Leprosy in India: report of the Leprosy Commission in India, 1890-91
Year: 1890
Disease focus: Leprosy
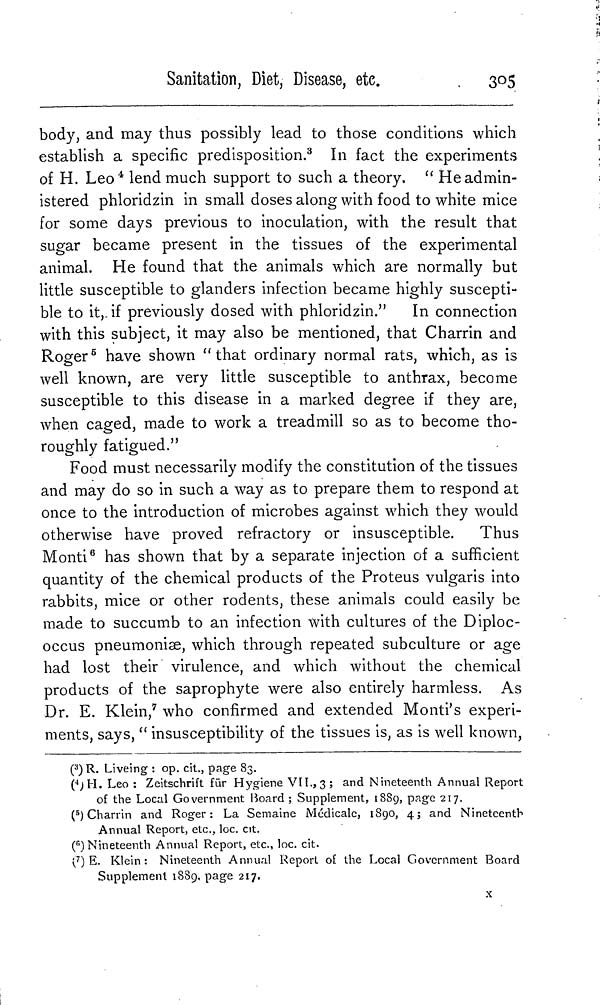
Sanitation, Diet, Disease,
etc.
305
body, and may thus possibly lead to those conditions which
establish a specific predisposition. 3 In fact the experiments
of H. Leo 4 lend much support to such a theory. " He admin-
istered phloridzin in small doses along with food to white mice
for some days previous to inoculation, with the result that
sugar became present in the tissues of the experimental
animal. He found that the animals which are normally but
little susceptible to glanders infection became highly suscepti-
ble to it, if previously dosed with phloridzin."
In connection
with this subject, it may also be mentioned, that Charrin and
Roger 5 have shown "that ordinary normal rats, which, as is
well known, are very little susceptible to anthrax, become
susceptible to this disease in a marked degree if they are,
when caged, made to work a treadmill so as to become tho-
roughly fatigued."
Food must necessarily modify the constitution of the tissues
and may do so in such a way as to prepare them to respond at
once to the introduction of microbes against which they would
otherwise have proved refractory or insusceptible.
Thus
Monti 6 has shown that by a separate injection of a sufficient
quantity of the chemical products of the Proteus vulgaris into
rabbits, mice or other rodents, these animals could easily be
made to succumb to an infection with cultures of the Diploc-
occus pneumoniæ, which through repeated subculture or age
had lost their virulence, and which without the chemical
products of the saprophyte were also entirely harmless. As
Dr. E. Klein, 7 who confirmed and extended Monti's experi-
ments, says, " insusceptibility of the tissues is, as is well known,
( 3 ) R. Liveing : op. cit., page 83.
( 4 ) H. Leo : Zeitschrift für Hygiene VII., 3; and Nineteenth Annual Report
of the Local Government Board ; Supplement, 1889, page 217.
( 5 ) Charrin and Roger: La Semaine Médicale, 1890, 4; and Nineteenth
Annual Report, etc., loc. cit.
( 6 ) Nineteenth Annual Report, etc., loc. cit.
( 7 ) E. Klein : Nineteenth Annual Report of the Local Government Board
Supplement 1889, page 217.
x